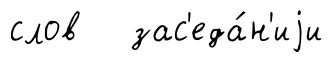
слов зас'еда́н'иjи